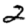
Digit: 2